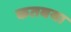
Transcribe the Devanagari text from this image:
कतबया